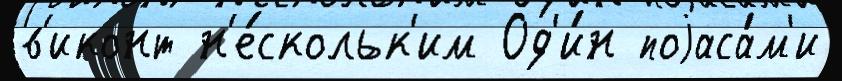
в'иконт н'е́скольк'им Од'и́н поjаса́м'и